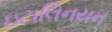
ઇટાલિનયન